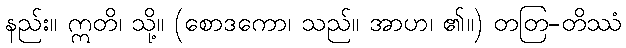
နည်း။ ဣတိ၊ သို့။ (စောဒကော၊ သည်။ အာဟ၊ ၏။) တတြ-တိဿံ